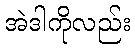
အဲဒါကိုလည်း